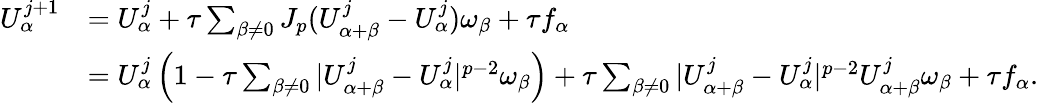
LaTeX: \begin{array}{rl}{U_{\alpha}^{j+1}}&{=U_{\alpha}^{j}+\tau\sum_{\beta\not=0}J_{p}(U_{\alpha+\beta}^{j}-U_{\alpha}^{j})\omega_{\beta}+\tau f_{\alpha}}\\ &{=U_{\alpha}^{j}\left(1-\tau\sum_{\beta\not=0}|U_{\alpha+\beta}^{j}-U_{\alpha}^{j}|^{p-2}\omega_{\beta}\right)+\tau\sum_{\beta\not=0}|U_{\alpha+\beta}^{j}-U_{\alpha}^{j}|^{p-2}U_{\alpha+\beta}^{j}\omega_{\beta}+\tau f_{\alpha}.}\end{array}